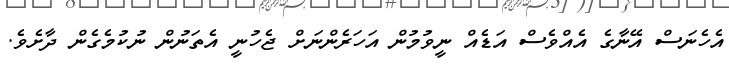
އެހެނަސް އޭނާގެ އެއްވެސް އަޑެއް ނީވުމުން އަހަރެންނަށް ޖެހުނީ އެތަނުން ނުކުމެގެން ދާށެވެ.